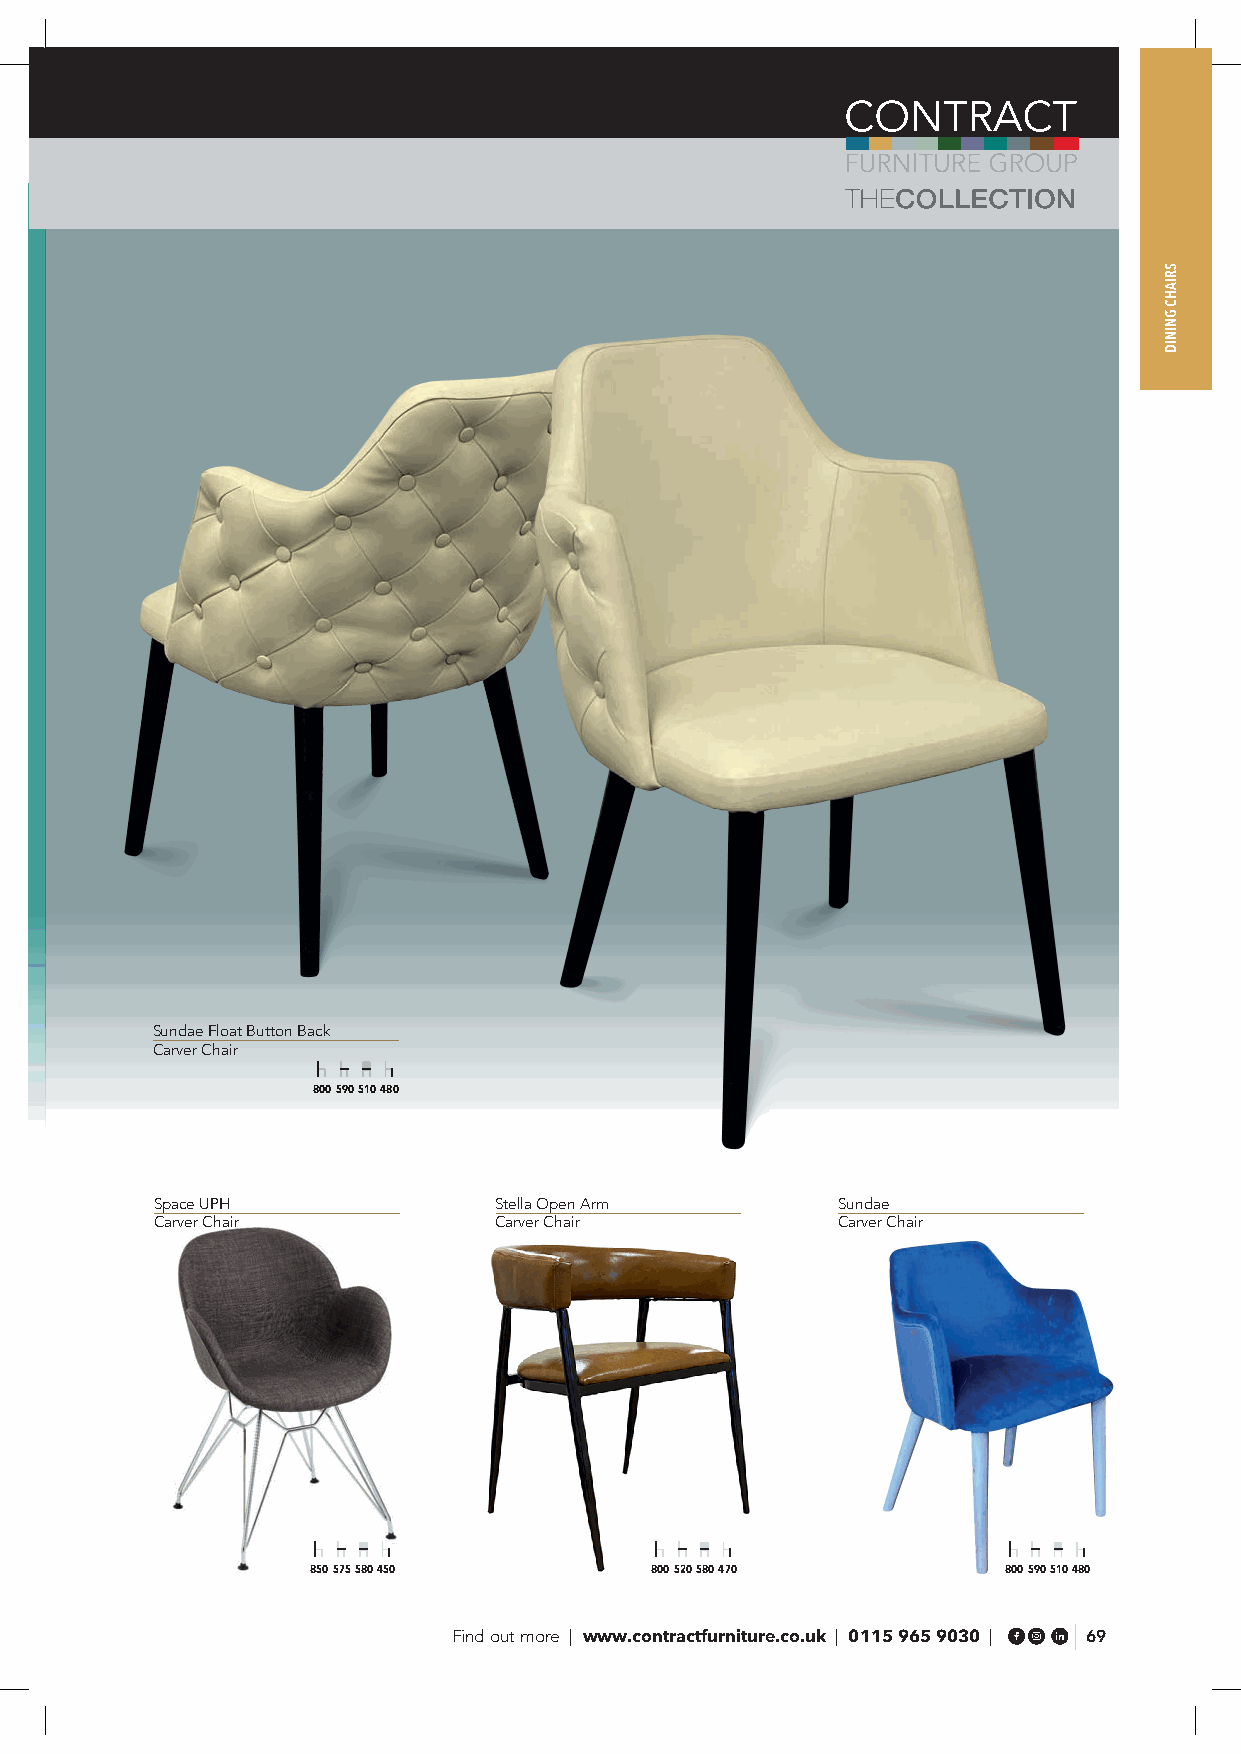
Sundae Float Button Back
 Carver Chair
 800 590 510 480
 Space UPH              Stella Open Arm       Sundae
 Carver Chair           Carver Chair          Carver Chair
 850 575 580 450        800 520 580 470        800 590 510 480
 Find out more | www.contractfurniture.co.uk | 0115 965 9030 | 69
 SRIAHC
 GNINID